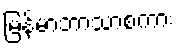
မြန်မာဘာသာစကား